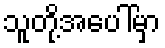
သူတို့အပေါ်မှာ